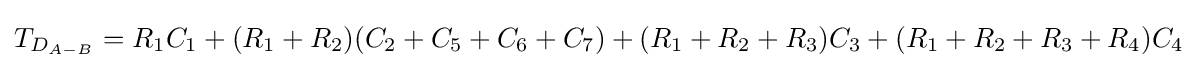
T_{D_{A-B}}=R_{1}C_{1}+(R_{1}+R_{2})(C_{2}+C_{5}+C_{6}+C_{7})+(R_{1}+R_{2}+R_{3})C_{3}+(R_{1}+R_{2}+R_{3}+R_{4})C_{4}